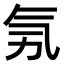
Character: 𣱗